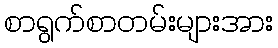
စာရွက်စာတမ်းများအား